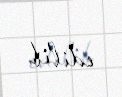
edilib.